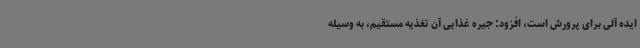
ایده آلی برای پرورش است، افزود: جیره غذایی آن تغذیه مستقیم، به وسیله